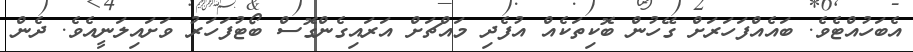
އެބަހުއްޓެވެ. ބައެއްފަހަރަށް ގޭހުން ބޮކިތަކެއް އުފެދި މައްޗަށް އަރައިގެންގޮސް ބޯޓުފަހަރު ވަށައިލަނީއެވެ. ދެން